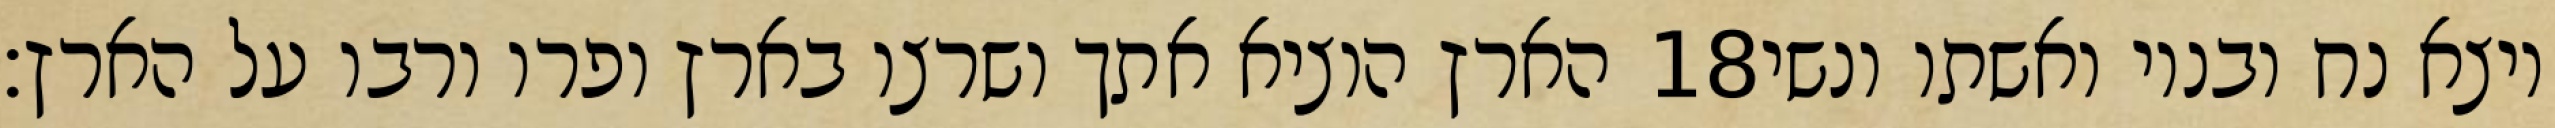
הארץ הוציא אתך ושרצו בארץ ופרו ורבו על הארץ׃ ‎18‏ ויצא נח ובניו ואשתו ונשי